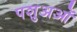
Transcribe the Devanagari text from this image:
पशुअओं